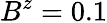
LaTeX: B^{z}=0.1